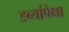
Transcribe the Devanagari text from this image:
डब्यांपेक्षा